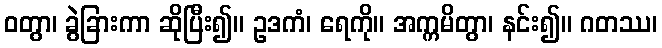
ဝတွာ၊ ခွဲခြားကာ ဆိုပြီး၍။ ဥဒကံ၊ ရေကို။ အက္ကမိတွာ၊ နင်း၍။ ဂတဿ၊